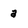
Character: a